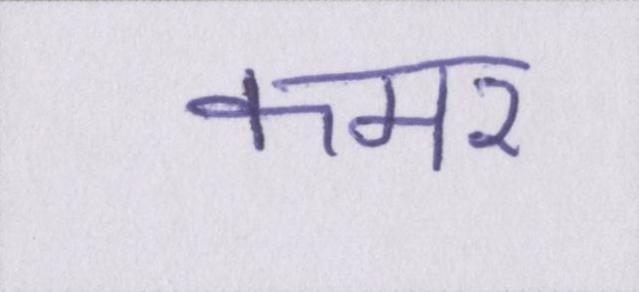
कमर